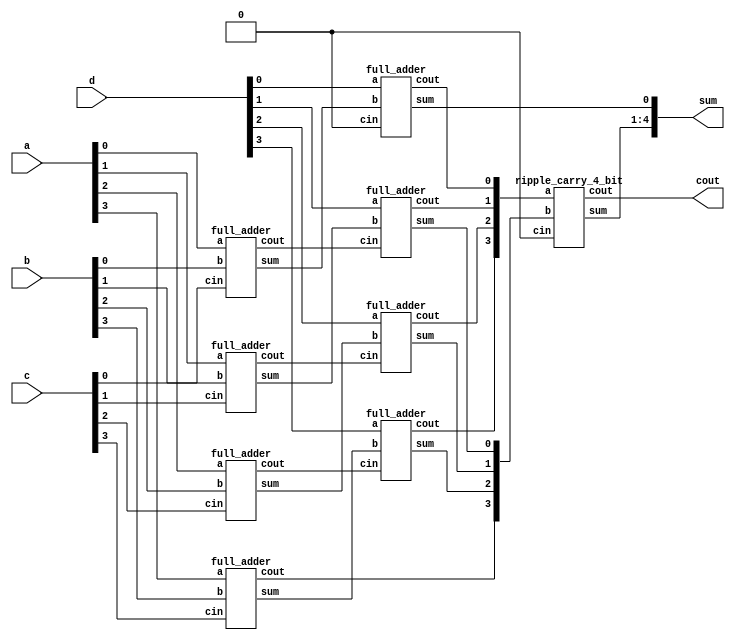
module carry_save_adder(a,b,c,d, sum,cout);
  input [3:0] a, b,c,d;
output [4:0] sum;
output cout;
 
wire [3:0] s0,s1;
  wire [3:0] c0, c1;

//1st Statge
full_adder fa0( .a(a[0]), .b(b[0]), .cin(c[0]), .sum(s0[0]), .cout(c0[0]));
full_adder fa1( .a(a[1]), .b(b[1]), .cin(c[1]), .sum(s0[1]), .cout(c0[1]));
full_adder fa2( .a(a[2]), .b(b[2]), .cin(c[2]), .sum(s0[2]), .cout(c0[2]));
full_adder fa3( .a(a[3]), .b(b[3]), .cin(c[3]), .sum(s0[3]), .cout(c0[3]));

//2nd Stage
full_adder fa4( .a(d[0]), .b(s0[0]), .cin(1'b0), .sum(sum[0]), .cout(c1[0]));
full_adder fa5( .a(d[1]), .b(s0[1]), .cin(c0[0]), .sum(s1[0]), .cout(c1[1]));
full_adder fa6( .a(d[2]), .b(s0[2]), .cin(c0[1]), .sum(s1[1]), .cout(c1[2]));
full_adder fa7( .a(d[3]), .b(s0[3]), .cin(c0[2]), .sum(s1[2]), .cout(c1[3]));

 ripple_carry_4_bit rca1 (.a(c1[3:0]),.b({c0[3],s1[2:0]}), .cin(1'b0),.sum(sum[4:1]), .cout(cout));

endmodule

////////////////////////////////////
//4-bit Ripple Carry Adder
////////////////////////////////////
 
module ripple_carry_4_bit(a, b, cin, sum, cout);
input [3:0] a,b;
input cin;
wire c1,c2,c3;
output [3:0] sum;
output cout;
 
full_adder fa0(.a(a[0]), .b(b[0]),.cin(cin), .sum(sum[0]),.cout(c1));
full_adder fa1(.a(a[1]), .b(b[1]), .cin(c1), .sum(sum[1]),.cout(c2));
full_adder fa2(.a(a[2]), .b(b[2]), .cin(c2), .sum(sum[2]),.cout(c3));
full_adder fa3(.a(a[3]), .b(b[3]), .cin(c3), .sum(sum[3]),.cout(cout));
endmodule
 

////////////////////////////////////////////
//1bit Full Adder
///////////////////////////////////////////
module full_adder(a,b,cin,sum, cout);
input a,b,cin;
output sum, cout;
wire x,y,z;
half_adder  h1(.a(a), .b(b), .sum(x), .cout(y));
half_adder  h2(.a(x), .b(cin), .sum(sum), .cout(z));
assign cout= y|z;
endmodule
///////////////////////////////////////////
// 1 bit Half Adder
////////////////////////////////////////////
module half_adder( a,b, sum, cout );
input a,b;
output sum,  cout;
assign sum= a^b;
assign cout= a & b;
endmodule